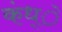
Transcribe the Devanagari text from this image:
कंध्े